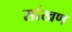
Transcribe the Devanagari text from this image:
सांखण